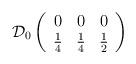
LaTeX: \begin{align*}\mathcal{D}_{0}\left( \begin{array}{ccc}0 & 0 & 0\\\frac{1}{4} & \frac{1}{4} & \frac{1}{2}\end{array}\right)\end{align*}